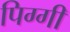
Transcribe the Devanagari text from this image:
पिग्गी